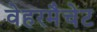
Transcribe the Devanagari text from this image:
वेहरमैचेट